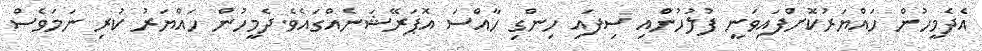
އެދެމީހުން ހައްޔަރުކޮށްފައިވަނީ ފުލުހުންާއި ސިފައި ހިންގި ހާއްސަ އޮޕަރޭޝަނެއްގައެވެ.ދެމީހުން ހައްޔަރު ކުރި ނަމަވެސް